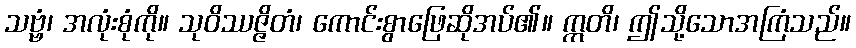
သဗ္ဗံ၊ အလုံးစုံကို။ သုဝိဿဇ္ဇိတံ၊ ကောင်းစွာဖြေဆိုအပ်၏။ ဣတိ၊ ဤသို့သောအကြံသည်။